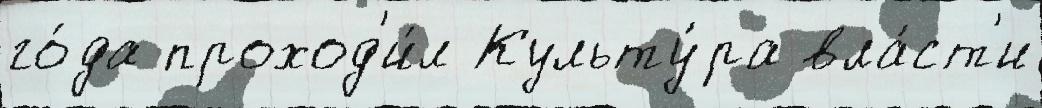
го́да проход'и́л Культу́ра вла́ст'и